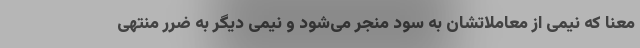
معنا که نیمی از معاملاتشان به سود منجر می‌شود و نیمی دیگر به ضرر منتهی